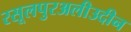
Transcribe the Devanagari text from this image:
रसूलपुरअलीउदीन